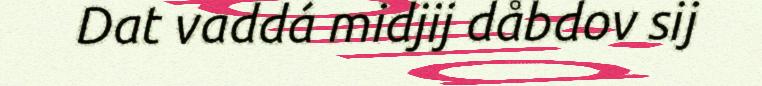
Dat vaddá midjij dåbdov sij